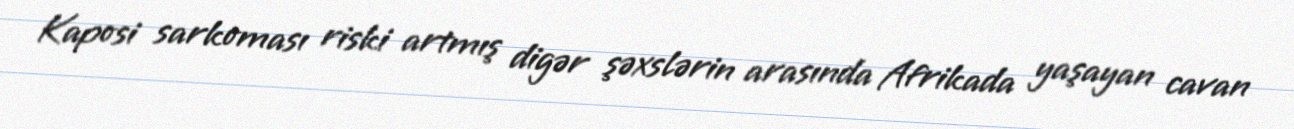
Kaposi sarkoması riski artmış digər şəxslərin arasında Afrikada yaşayan cavan